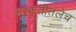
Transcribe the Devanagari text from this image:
संस्कृतीतलेच